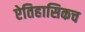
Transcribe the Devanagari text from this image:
ऐतिहासिकच